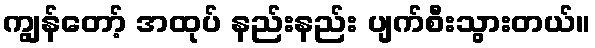
ကျွန်တော့် အထုပ် နည်းနည်း ပျက်စီးသွားတယ်။